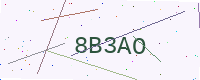
Text: 8B3AO